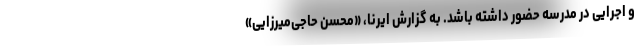
و اجرایی در مدرسه حضور داشته باشد. به گزارش ایرنا، «محسن حاجی‌میرزایی»